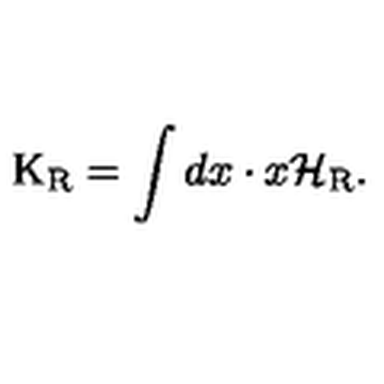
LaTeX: \mathrm { K } _ { \mathrm { R } } = \int d x \cdot x { \cal H } _ { \mathrm { R } } .